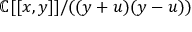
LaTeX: \mathbb { C } [ [ x , y ] ] / ( ( y + u ) ( y - u ) )